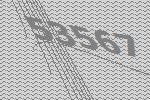
53567